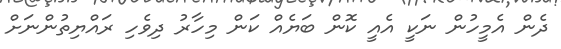
ދެން އެމީހުން ނަކީ އެެއީ ކޮން ބަޔެއް ކަން މިހާރު ދިވެހި ރައްޔިތުންނަށް